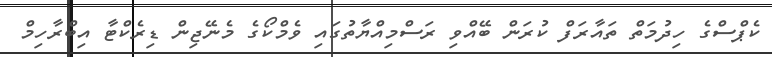
ކެޕްސްގެ ހިދުމަތް ތައާރަފް ކުރަން ބޭއްވި ރަސްމިއްޔާތުގައި ވެމްކޯގެ މެނޭޖިން ޑިރެކްޓާ އިބްރާހިމް